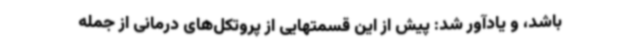
باشد، و یادآور شد: پیش از این قسمتهایی از پروتکل‌های درمانی از جمله